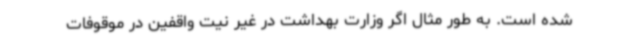
شده است. به طور مثال اگر وزارت بهداشت در غیر نیت واقفین در موقوفات